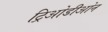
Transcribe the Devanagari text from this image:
ट्रिओडीओन